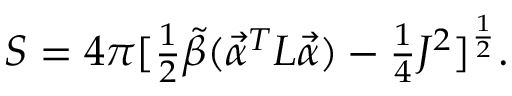
S = 4 \pi [ \textstyle { { \frac { 1 } { 2 } } } { \tilde { \beta } } ( \vec { \cal \alpha } ^ { T } L \vec { \cal \alpha } ) - \textstyle { { \frac { 1 } { 4 } } } J ^ { 2 } ] ^ { \frac { 1 } { 2 } } .